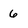
Character: 6